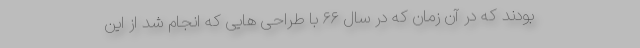
بودند که در آن زمان که در سال ۶۶ با طراحی هایی که انجام شد از این